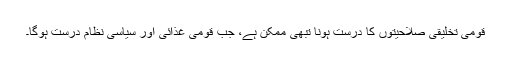
قومی تخلیقی صلاحیتوں کا درست ہونا تبھی ممکن ہے، جب قومی غذائی اور سیاسی نظام درست ہوگا۔